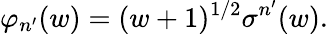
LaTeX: \varphi_{n^{\prime}}(w)=(w+1)^{1/2}\sigma^{n^{\prime}}(w).